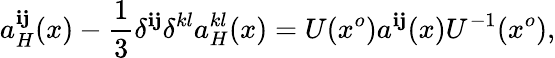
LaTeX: a_{H}^{\mathbf{i}\mathbf{j}}(x)-\frac{{1}}{{3}}\delta^{\mathbf{i}\mathbf{j}}\delta^{kl}a_{H}^{kl}(x)=U(x^{o})a^{\mathbf{i}\mathbf{j}}(x)U^{-1}(x^{o}),